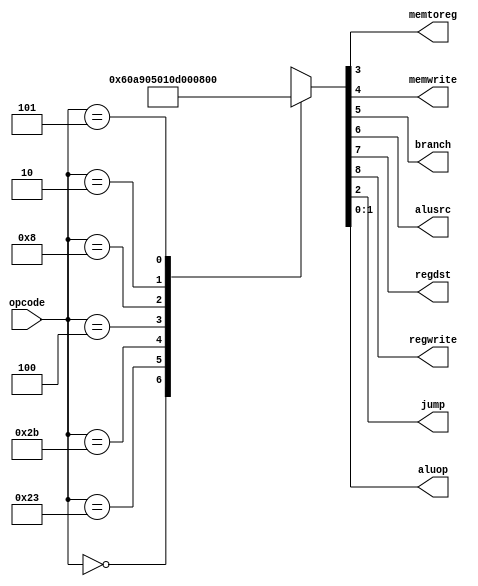
`timescale 1ns / 1ps
//////////////////////////////////////////////////////////////////////////////////
// Company: 
// Engineer: 
// 
// Design Name: 
// Module Name: decoder
// Project Name: 
// Target Devices: 
// Tool Versions: 
// Description: 
// 
// Dependencies: 
// 
// Revision:
// Revision 0.01 - File Created
// Additional Comments:
// 
//////////////////////////////////////////////////////////////////////////////////


module decoder(
  input [5:0]opcode,
  output memtoreg,memwrite,branch,alusrc,regdst,regwrite,jump,
  output [1:0]aluop
);
  
  reg [8:0] controls;
  assign {regwrite, regdst, alusrc, branch, memwrite, memtoreg, jump, aluop} = controls;
  
  always @ (*)
    case(opcode)
      6'b000000: controls <= 9'b110000010; //Rtyp
    6'b100011: controls <= 9'b101001000; //LW
    6'b101011: controls <= 9'b001010000; //SW
    6'b000100: controls <= 9'b000100001; //BEQ
    6'b001000: controls <= 9'b101000000; //ADDI
    6'b000010: controls <= 9'b000000100; //J
    6'b000101: controls <= 9'b000100011; //BNE  
    default: controls <=  9'bxxxxxxxxx; //???
  endcase
    
endmodule